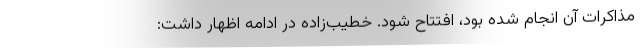
مذاکرات آن انجام شده بود، افتتاح شود. خطیب‌زاده در ادامه اظهار داشت: